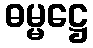
ဓမ္မဋ္ဌေ